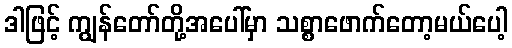
ဒါဖြင့် ကျွန်တော်တို့အပေါ်မှာ သစ္စာဖောက်တော့မယ်ပေါ့